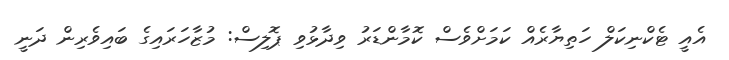
އެއީ ޓެކްނިކަލް ހަތިޔާރެއް ކަމަށްވެސް ކޮމާންޑަރު ވިދާޅުވި ޕޮލިސް: މުޒާހަރައިގެ ބައިވެރިން ދަނީ